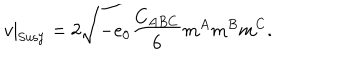
LaTeX: v | _ { \mathrm { S u s y } } = 2 \sqrt { - e _ { 0 } { \frac { C _ { A B C } } { 6 } } m ^ { A } m ^ { B } m ^ { C } } .